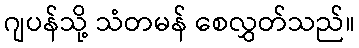
ဂျပန်သို့ သံတမန် စေလွှတ်သည်။